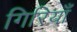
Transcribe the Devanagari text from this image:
गिरियाँ